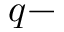
q -